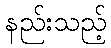
နည်းသည့်